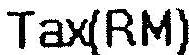
TAX(RM)